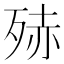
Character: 𭮒